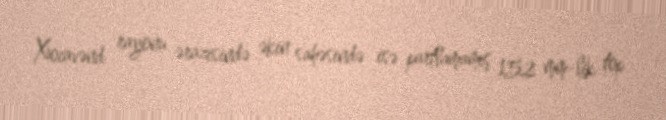
Xocavənd rayonu ərazisində əkin sahəsində isə partlamamış 152 mm-lik top